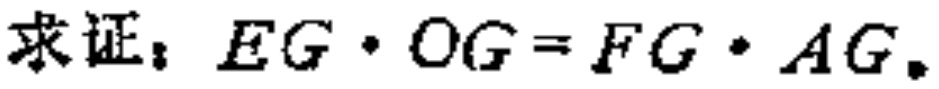
求证：\(EG\cdot OG = FG\cdot AG\)。